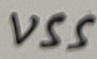
Text: VSS